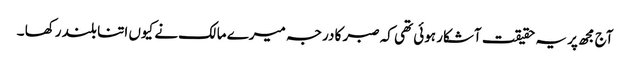
آج مجھ پر یہ حقیقت آشکار ہوئی تھی کہ صبر کا درجہ میرے مالک نے کیوں اتنا بلند رکھا ۔